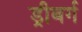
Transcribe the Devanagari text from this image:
ड्रीबर्ग